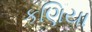
કણિયા